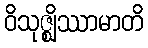
ဝိသုဇ္ဈိဿာမာတိ